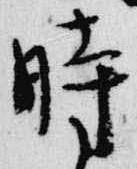
時